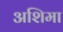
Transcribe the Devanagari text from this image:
अशिमा